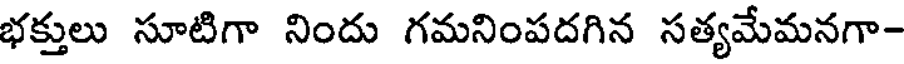
భక్తులు సూటిగా నిందు గమనింపదగిన సత్యమేమనగా-